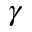
\gamma